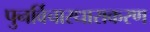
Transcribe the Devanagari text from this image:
पुनर्विचारधाराकरण